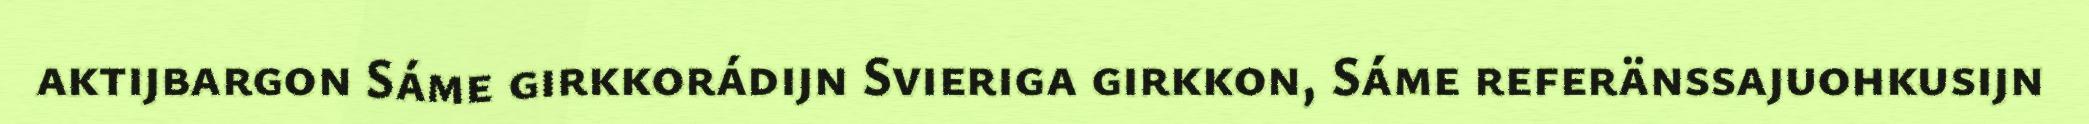
aktijbargon Sáme girkkorádijn Svieriga girkkon, Sáme referänssajuohkusijn